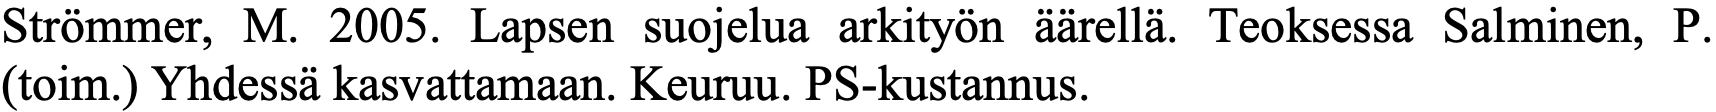
Strömmer, M. 2005. Lapsen suojelua arkityön äärellä. Teoksessa Salminen, P. (toim.) Yhdessä kasvattamaan. Keuruu. PS-kustannus.